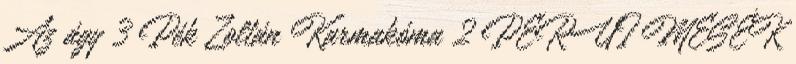
Az ágy 3 Pék Zoltán Karmakóma 2 PERUI MESÉK